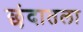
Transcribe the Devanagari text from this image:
छंदातला